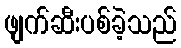
ဖျက်ဆီးပစ်ခဲ့သည်